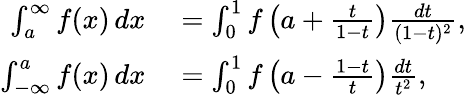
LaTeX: \begin{array}{rl}{\int_{a}^{\infty}f(x)\, dx}&{{}=\int_{0}^{1}f\left(a+{\frac{t}{1-t}}\right){\frac{dt}{(1-t)^{2}}},}\\ {\int_{-\infty}^{a}f(x)\, dx}&{{}=\int_{0}^{1}f\left(a-{\frac{1-t}{t}}\right){\frac{dt}{t^{2}}},}\end{array}